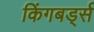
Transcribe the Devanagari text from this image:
किंगबर्ड्स